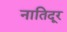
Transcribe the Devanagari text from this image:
नातिदूर